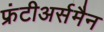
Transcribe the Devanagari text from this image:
फ्रंटीअर्समैन